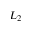
L _ { 2 }